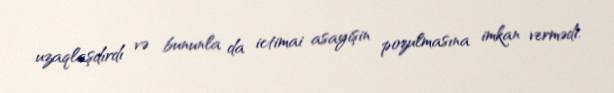
uzaqlaşdırdı və bununla da ictimai asayişin pozulmasına imkan vermədi.